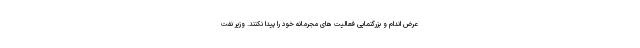
عرض اندام و بزرگنمایی فعالیت های مجرمانه خود را پیدا نکنند. وزیر نفت